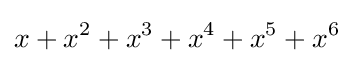
x+x^{2}+x^{3}+x^{4}+x^{5}+x^{6}